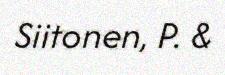
Siitonen, P. &